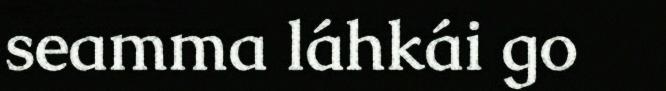
seamma láhkái go